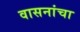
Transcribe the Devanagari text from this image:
वासनांचा